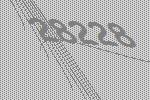
28228